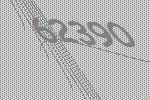
62390